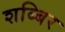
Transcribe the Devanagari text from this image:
शब्बिर